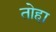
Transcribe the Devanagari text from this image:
तोहा